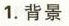
1.背景